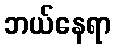
ဘယ်နေရာ